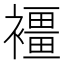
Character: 𧝿